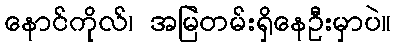
နောင်ကိုလ်၊ အမြဲတမ်းရှိနေဦးမှာပဲ။